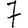
Digit: 7